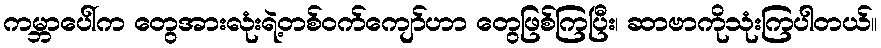
ကမ္ဘာပေါ်က တွေအားလုံးရဲ့တစ်ဝက်ကျော်ဟာ တွေဖြစ်ကြပြီး၊ ဆာဗာကိုသုံးကြပါတယ်။